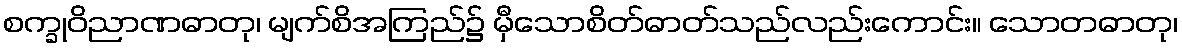
စက္ခုဝိညာဏဓာတု၊ မျက်စိအကြည်၌ မှီသောစိတ်ဓာတ်သည်လည်းကောင်း။ သောတဓာတု၊